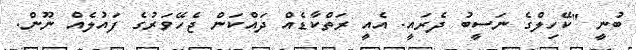
ބުނީ "ކޭހިލްގެ ނަސީބު ދެރައީ. އެއީ ރަތްކާޑެއް ދައްކަން ޖެހޭވަރުގެ ފައުލެއް ނޫން.